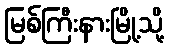
မြစ်ကြီးနားမြို့သို့